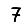
Digit: 7